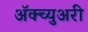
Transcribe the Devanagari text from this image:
अॅक्च्युअरी